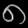
Digit: ၈